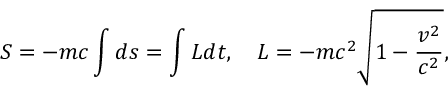
S = - m c \int d s = \int L d t , \quad L = - m c ^ { 2 } { \sqrt { 1 - { \frac { v ^ { 2 } } { c ^ { 2 } } } } } ,